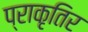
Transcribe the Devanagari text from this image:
प्राकृतिर